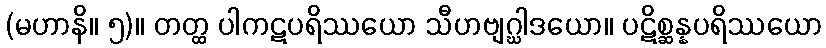
(မဟာနိ။ ၅)။ တတ္ထ ပါကဋပရိဿယော သီဟဗျဂ္ဃါဒယော။ ပဋိစ္ဆန္နပရိဿယော